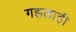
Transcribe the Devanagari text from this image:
गझलाही